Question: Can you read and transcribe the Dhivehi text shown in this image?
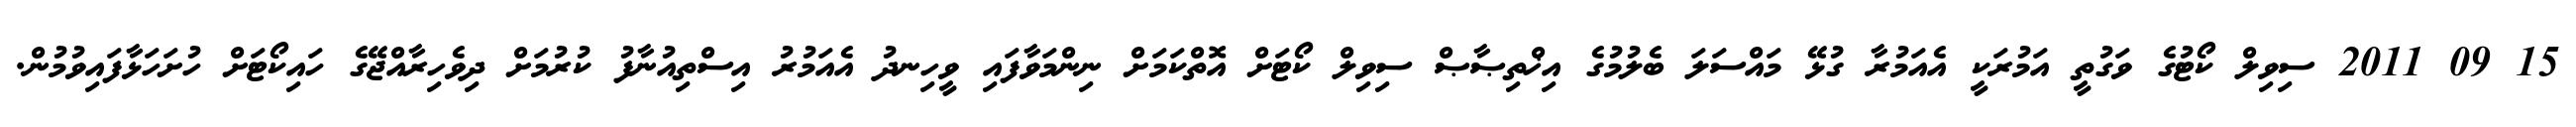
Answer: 15 09 2011 ސިވިލް ކޯޓުގެ ވަގުތީ އަމުރަކީ އެއަމުރާ ގުޅޭ މައްސަލަ ބެލުމުގެ އިޚްތިޞާޞް ސިވިލް ކޯޓަށް އޮތްކަމަށް ނިންމަވާފައި ވީހިނދު އެއަމުރު އިސްތިއުނާފު ކުރުމަށް ދިވެހިރާއްޖޭގެ ހައިކޯޓަށް ހުށަހަޅާފައިވުމުން.